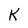
Character: K